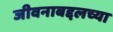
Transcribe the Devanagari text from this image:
जीवनाबद्दलच्या